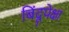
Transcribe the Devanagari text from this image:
बिंदूपेक्षा